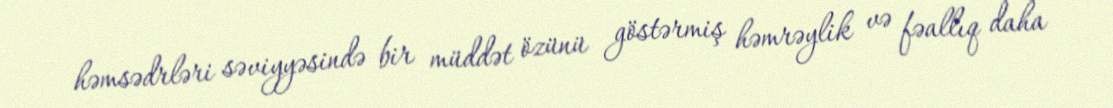
həmsədrləri səviyyəsində bir müddət özünü göstərmiş həmrəylik və fəallıq daha